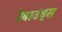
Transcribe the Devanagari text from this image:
रेबाउंड्स